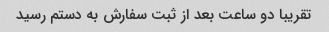
تقریبا دو ساعت بعد از ثبت سفارش به دستم رسید